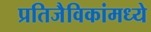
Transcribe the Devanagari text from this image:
प्रतिजैविकांमध्ये